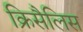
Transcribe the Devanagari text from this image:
क्रिसैलिस